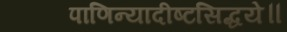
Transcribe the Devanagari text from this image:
पाणिन्यादीष्टसिद्धये॥